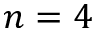
n = 4